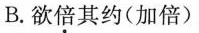
B. 欲倍其约(加倍)